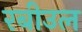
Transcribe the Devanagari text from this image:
रबीउल